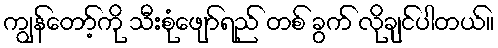
ကျွန်တော့်ကို သီးစုံဖျော်ရည် တစ် ခွက် လိုချင်ပါတယ်။